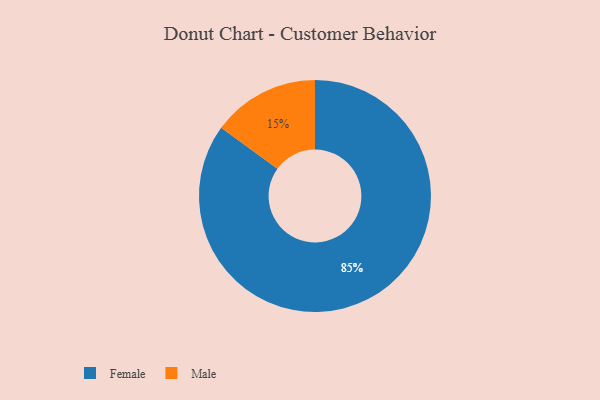
{"axis": {"x": "Category", "y": "Percentage"}, "legend": ["Female", "Male"], "data": [{"x": "Female", "y": 85, "type": "Female"}, {"x": "Male", "y": 15, "type": "Male"}]}